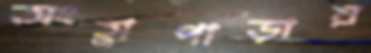
অংহ্লাপাড়ায়